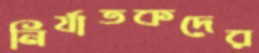
নির্যাতকদের